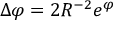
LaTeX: \Delta \varphi = 2 R ^ { - 2 } e ^ { \varphi }